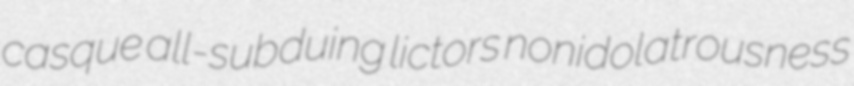
casque all-subduing lictors nonidolatrousness